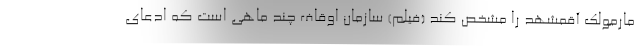
مارمولک آقمشهد را مشخص کند (فیلم) سازمان اوقاف چند ماهی است که ادعای